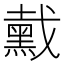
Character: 䵧